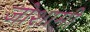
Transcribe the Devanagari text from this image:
जोशामी